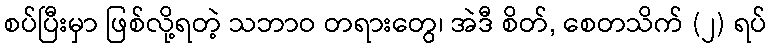
စပ်ပြီးမှာ ဖြစ်လို့ရတဲ့ သဘာဝ တရားတွေ၊ အဲဒီ စိတ်, စေတသိက် (၂) ရပ်